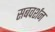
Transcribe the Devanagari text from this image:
सबवर्शन